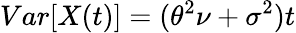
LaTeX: Var[X(t)]=(\theta^{2}\nu+\sigma^{2})t